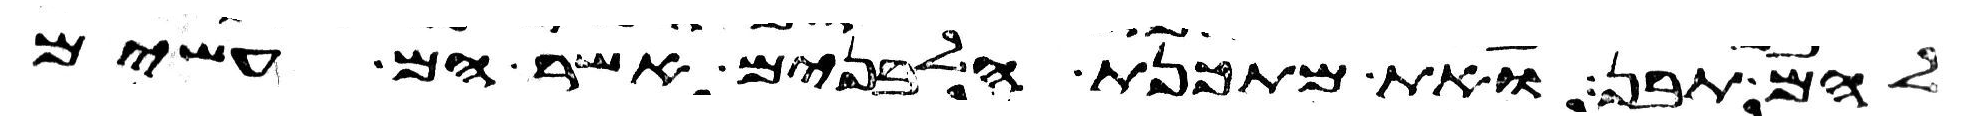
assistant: להם תבן ואת מתכנת הלבנים אשר הם עשים